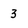
Character: 3